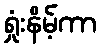
ရှုံးနိမ့်ကာ